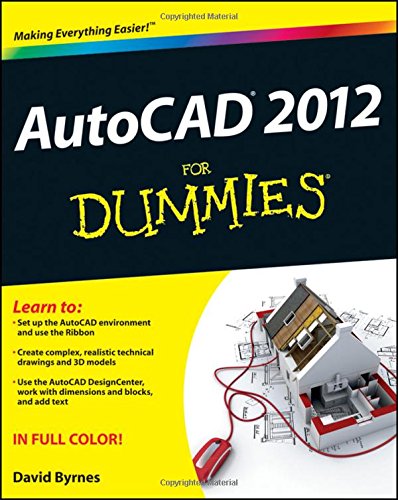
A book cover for AutoCAD 2012 For Dummies; David Byrnes; Computers & Technology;